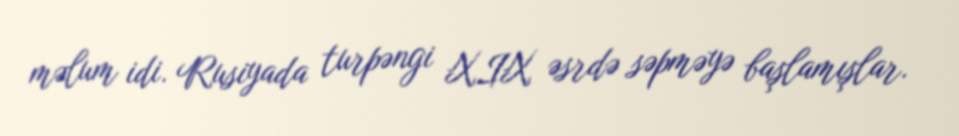
məlum idi. Rusiyada turpəngi XIX əsrdə səpməyə başlamışlar.